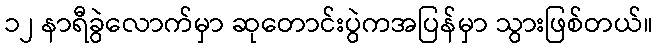
၁၂ နာရီခွဲလောက်မှာ ဆုတောင်းပွဲကအပြန်မှာ သွားဖြစ်တယ်။